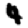
Digit: 4